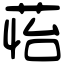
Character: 𦲀